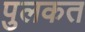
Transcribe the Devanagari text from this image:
पुलकत